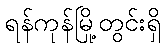
ရန်ကုန်မြို့တွင်းရှိ